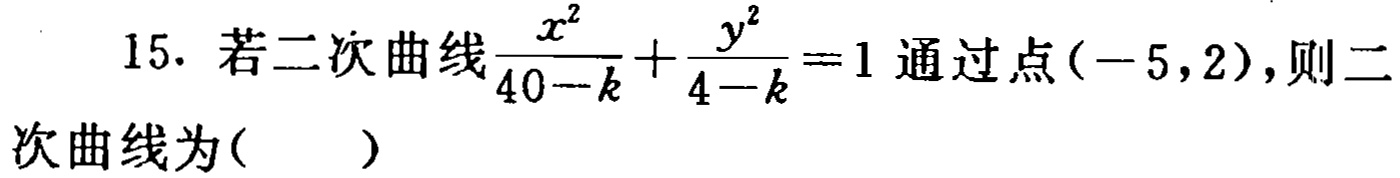
15. 若二次曲线$\frac{x^{2}}{40 - k}+\frac{y^{2}}{4 - k}=1$通过点$(-5,2)$，则二次曲线为( )